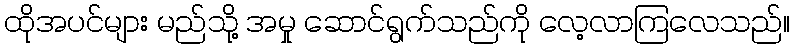
ထိုအပင်များ မည်သို့ အမှု ဆောင်ရွက်သည်ကို လေ့လာကြလေသည်။